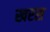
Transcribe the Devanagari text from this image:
खरस